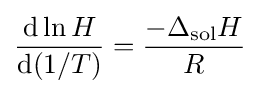
{\frac {\mathrm {d} \ln H}{\mathrm {d} (1/T)}}={\frac {-\Delta _{\text{sol}}H}{R}}